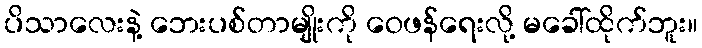
ပိသာလေးနဲ့ ဘေးပစ်တာမျိုးကို ဝေဖန်ရေးလို့ မခေါ်ထိုက်ဘူး။